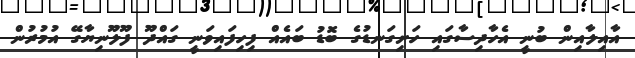
އާއިލާއިން ބުނީ އެހާދިސާގައި ހަށިގަނޑުގެ ބޮޑު ބައެއް ފިހިފައިވަނީ ގައްދޫ ފޫލޫނިޔާގޭ އުމުރުން